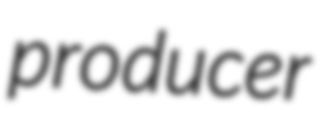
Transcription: producer